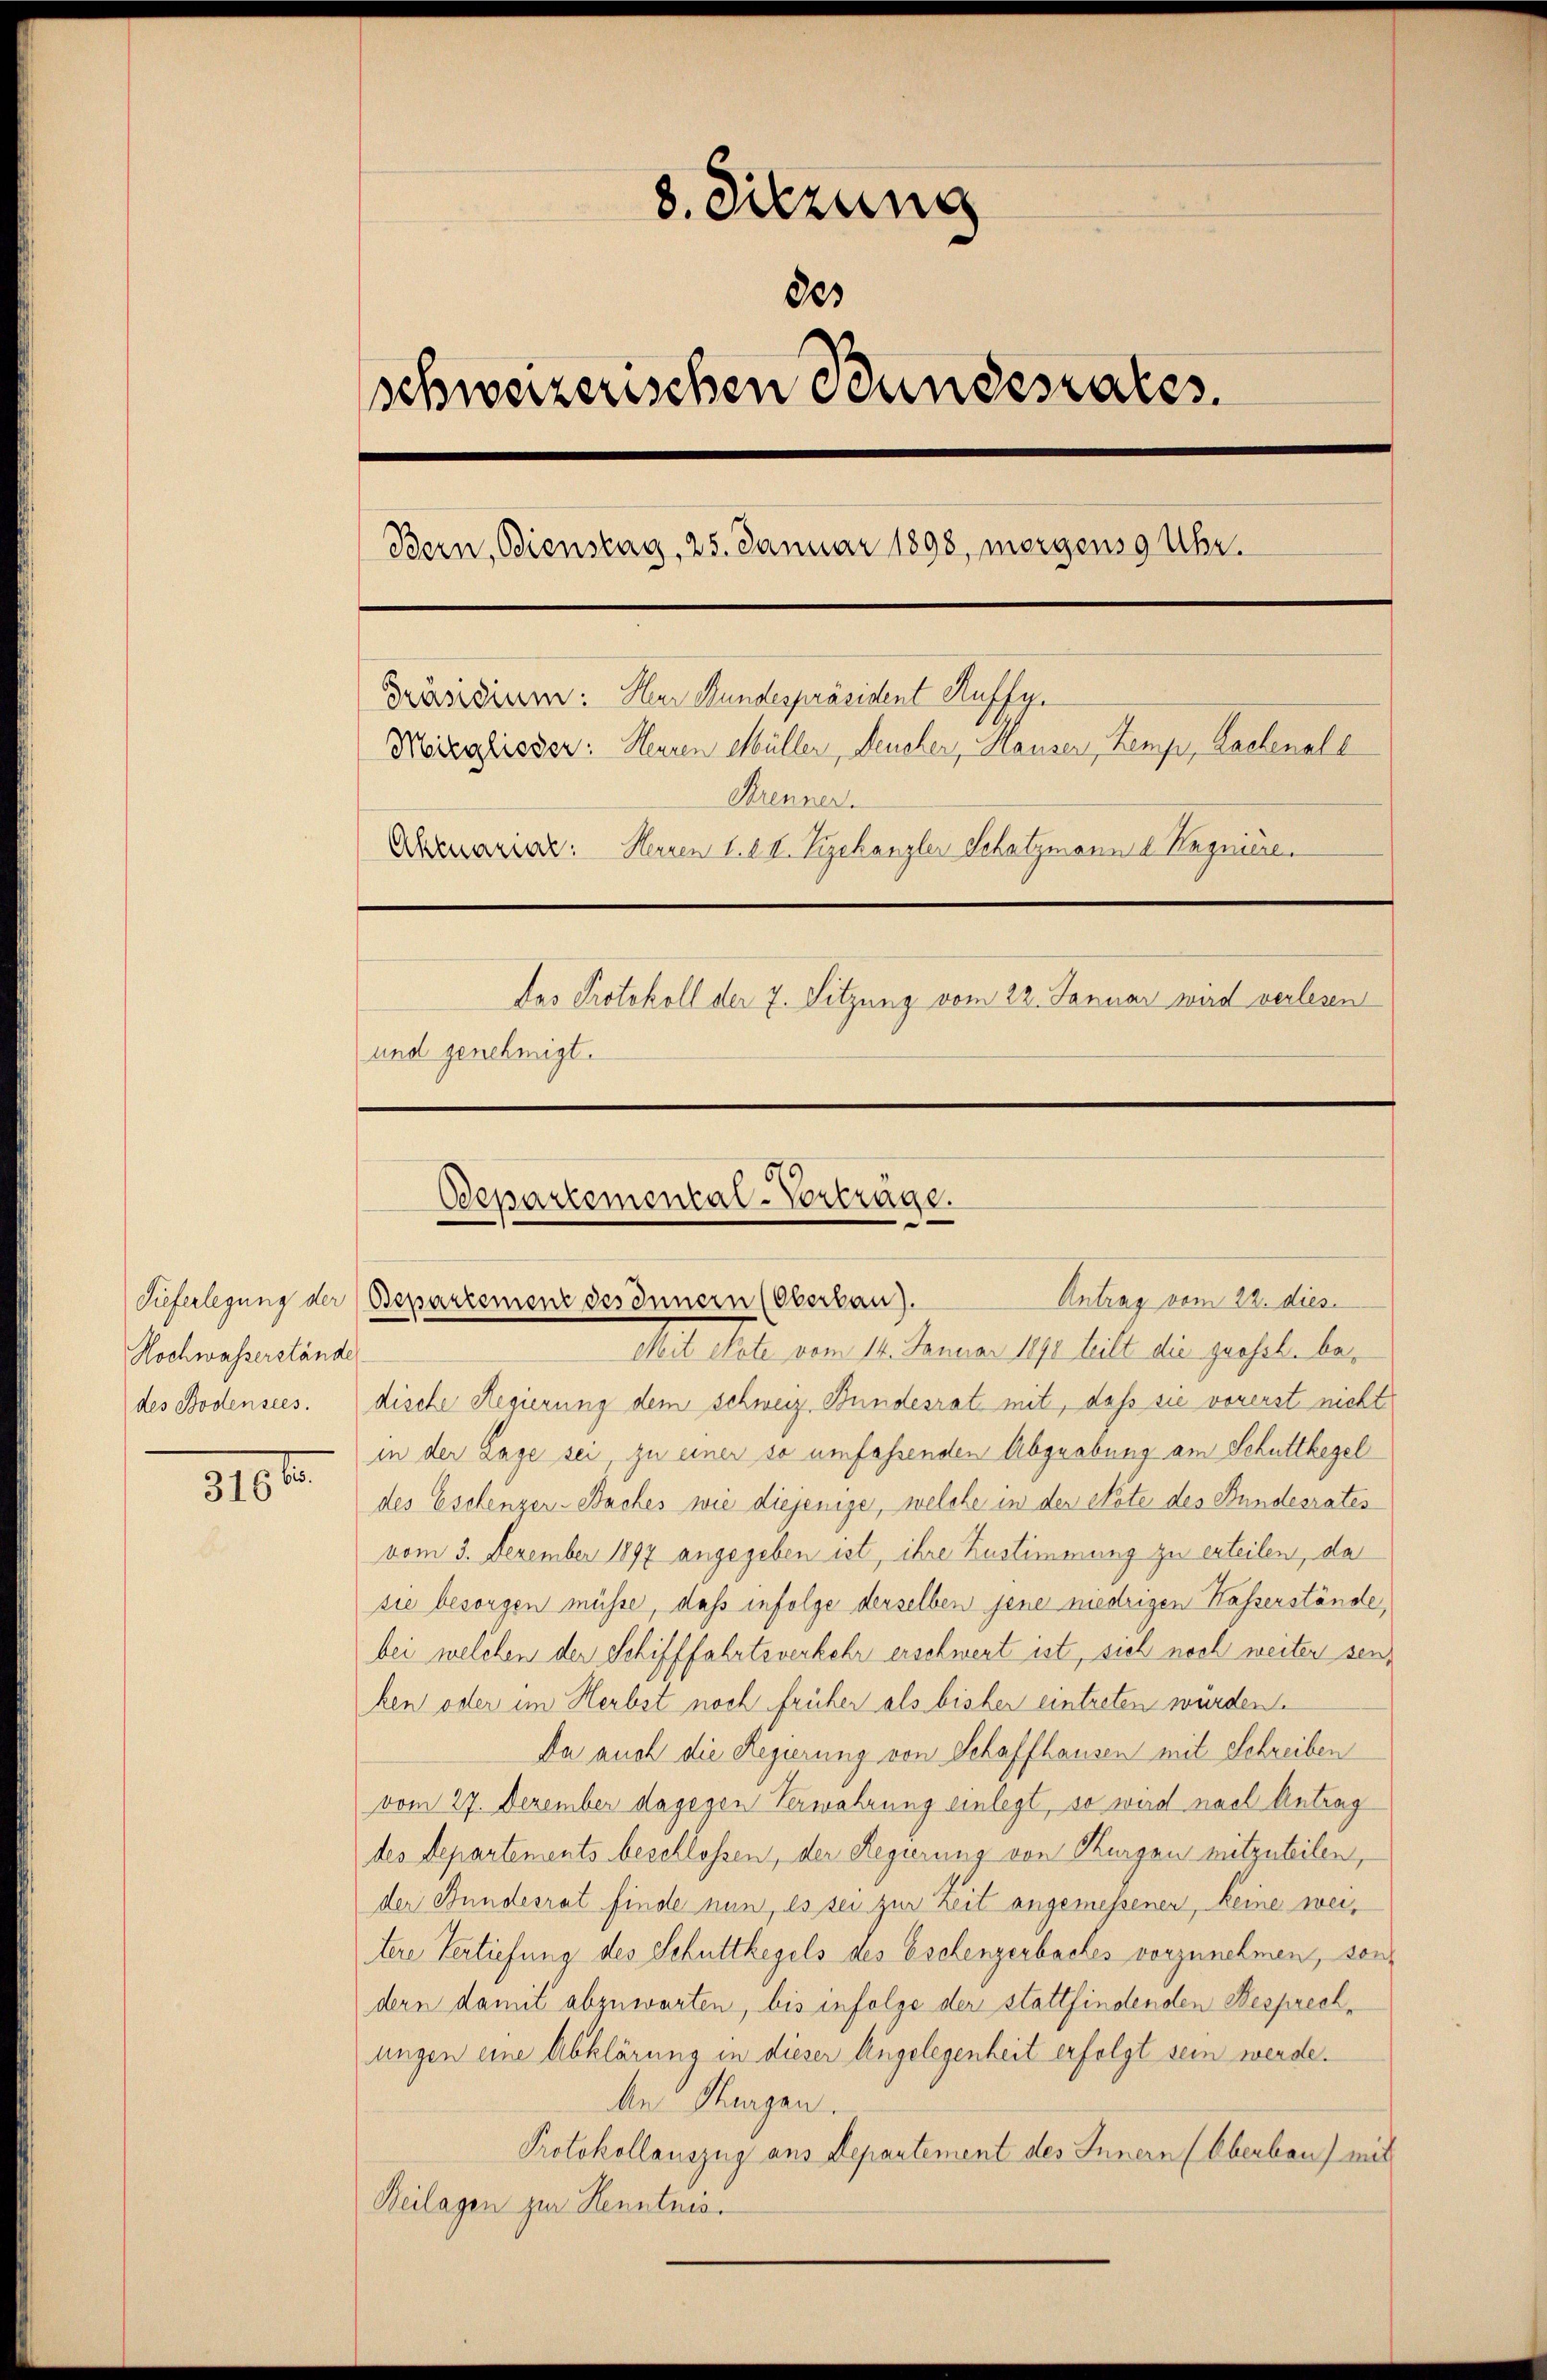
Hochwasserstände

2
316)

8. Sitzung
80
schweizerischen Bundesrates.
Bern, Bienstag, 25. Januar 1898, morgens 9 Uhr.
Präsidium. Nur Mundespräsident Auffy.
Moregisser: Heuren Müller, Deucher, Hauser, Zemp, Lachenall
Strenner.
Arenariar: Herren 1. d. M. Vizekanzler Schatzmann d. Regniere.
des Protokoll der 7. Sitzung vom 22. Januar wird verlesen
und genehmigt.

Departemental-Vorträge.
Antrag vom 22. dies
Kieferlegung der (Bepartement des Innern (Oberkau).

Mit etate vom 14. Januar 1890 teilt die grosst. bedes Bodensees. dische Regierung dem schweiz. Bundesrat mit, daß sie vorerst nicht
in der Lage sei, zu einer so umfaßenden Abgrabung am Schuttkegel
des Eschenzer-Baches wie diejenige, welche in der Note des Bundesrates
vom 3. Dezember 1897 angegeben ist, ihre Zustimmung zu erteilen, da
sie besorgen müsse, daß infolge derselben jene niedrigen Kasserstände,
bei welchen der Schifffahrtsverkehr erschwert ist, sich noch weiter seiken oder im Herbst noch früher als bisher eintreten würden.
Da auch die Regierung von Schaffhausen mit Schreiben
vom 27. Dezember dagegen Verwahrung einlegt, so wird nach Antrag
des Departements beschlossen, der Regierung von Thurgau mitzuteilen,
der Bundesrat finde nun, es sei zur Zeit angemessenen, keine weitere Vertiefung des Schuttkegels des Eschenzerbaches vorzunehmen, sondern damit abzuwarten, bis infolge der stattfindenden Besprechungen eine Abklärung in dieser Angelegenheit erfolgt sein werde.
de Herzen.
Protokollauszug aus Departement des Innern (Oberbau) mit
Beilagen zur Kenntnis.